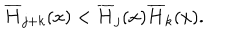
\overline { { { H } } } _ { j + k } ( x ) < \overline { { { H } } } _ { j } ( x ) \overline { { { H } } } _ { k } ( x ) .